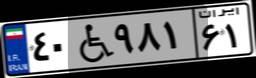
۶۱W۸۹۲۳۵